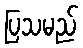
ပြသမည်